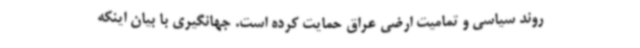
روند سیاسی و تمامیت ارضی عراق حمایت کرده است. جهانگیری با بیان اینکه